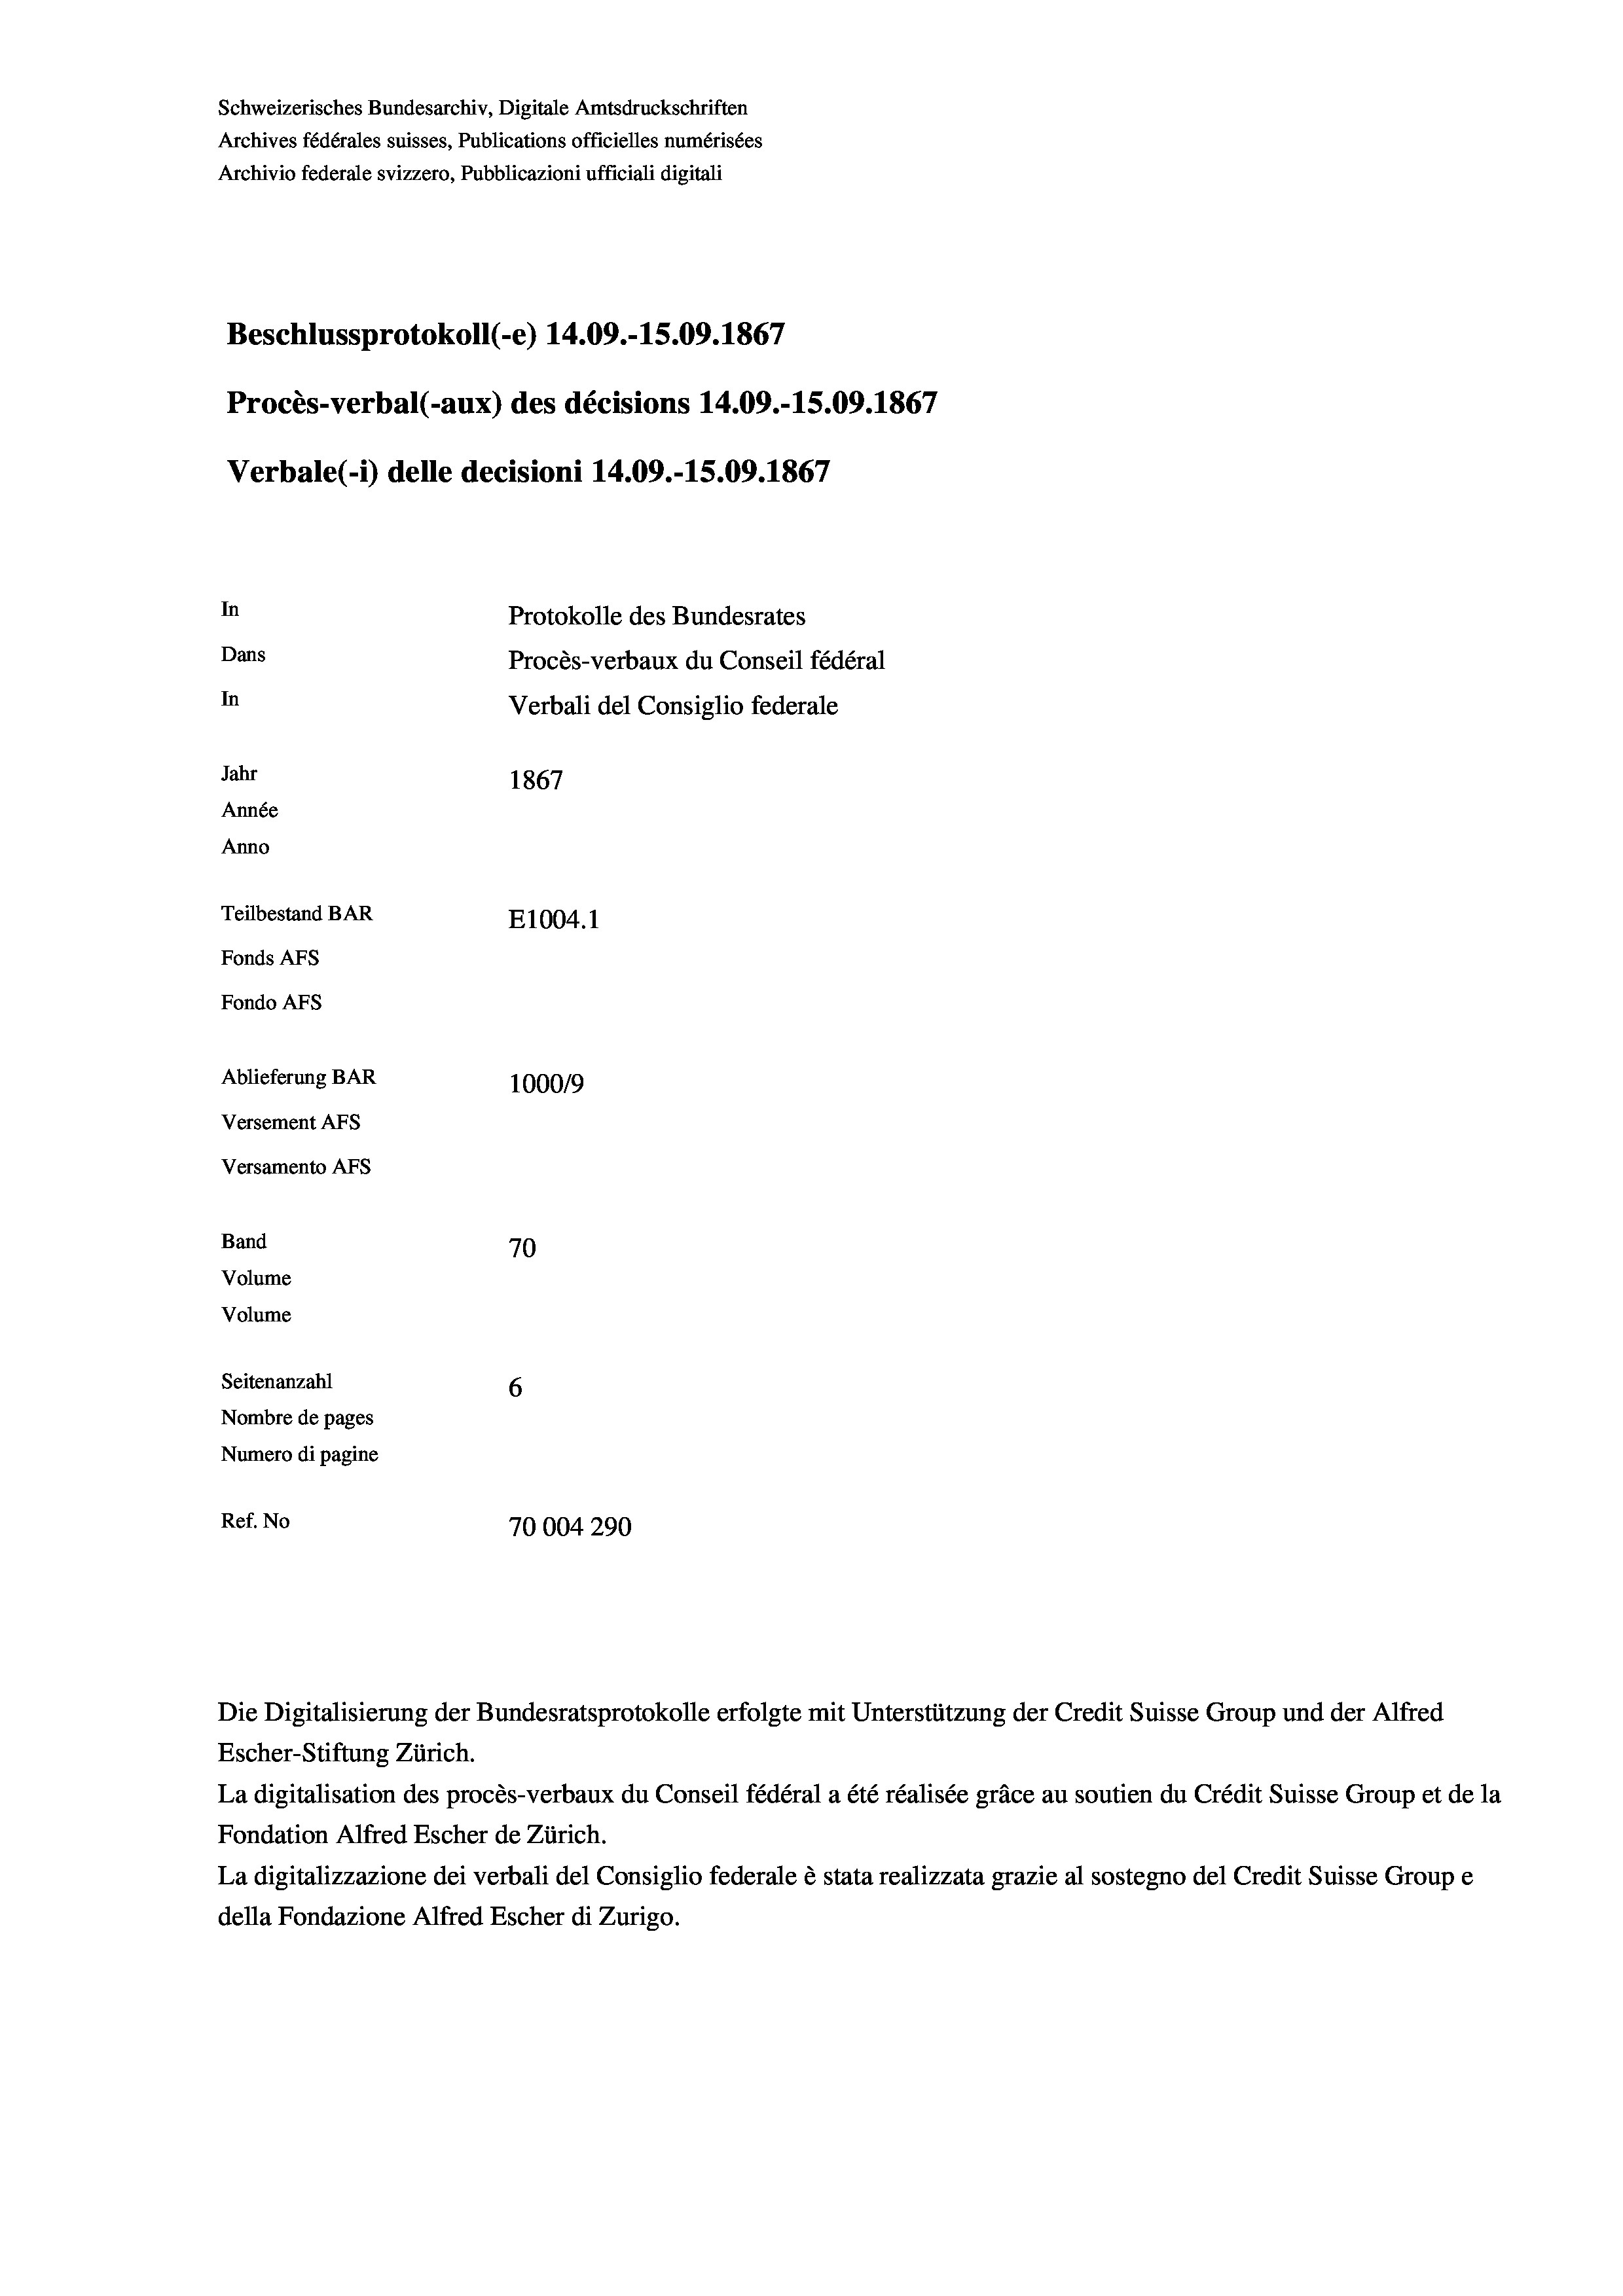
Schweizerisches Bundesarchiv, Digitale Amtsdruckschriften
Archives fédérales suisses, Publications officielles numérisées
Archivio federale svizzero, Pubblicazioni ufficiali digitali
Beschlussprotokoll (-e) 14.09.-15.09. 1867
Procès-verbal (-aux) des décisions 14.09.-15.09. 1867
Verbale (- 1) delle decisioni 14.09.-15.09. 1867
In
Protokolle des Bundesrates
Dans
Procès-verbaux du Conseil fédéral
In
Verbali del Consiglio federale
Jahr
1867
Année
Anno
Teilbestand BAR
E1004.1
Fonds AFs
Fondo AFs
Ablieferung BAR
100019
Versement AFs
Versamento AFs
Band
70
Volume
Volume
Seitenanzahl
6
Nombre de pages
Numero di pagine
Ref. No
70004290

Die Digitalisierung der Bundesratsprotokolle erfolgte mit Unterstützung der Credit Suisse Group und der Alfred

Escher-Stiftung Zürich.
La digitalisation des procès-verbaux du Conseil fédéral a été réalisée gräce au soutien du Crédit Suisse Group et de la
Fondation Alfred Escher de Zürich.
La digitalizzazione dei verbali del Consiglio federale è stata realizzata grazie al sostegno del Credit Suisse Groupe
della Fondazione Alfred Escher di Zurigo.